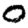
Digit: 0